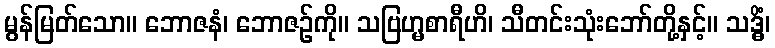
မွန်မြတ်သော။ ဘောဇနံ၊ ဘောဇဉ်ကို။ သဗြဟ္မစာရီဟိ၊ သီတင်းသုံးဘော်တို့နှင့်။ သဒ္ဓိံ၊